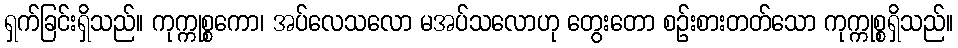
ရှက်ခြင်းရှိသည်။ ကုက္ကုစ္စကော၊ အပ်လေသလော မအပ်သလောဟု တွေးတော စဉ်းစားတတ်သော ကုက္ကုစ္စရှိသည်။